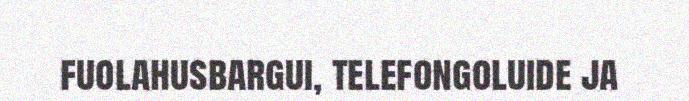
fuolahusbargui, telefongoluide ja